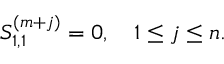
S _ { 1 , 1 } ^ { ( m + j ) } = 0 , \quad 1 \le j \le n .